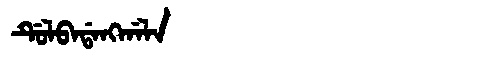
Manchu: ᡩᡠᠯᠪᠠᡩᠠᠩᡤᠠᠯᠠ
Romanization: DULBADANGGALA